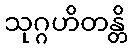
သုဂ္ဂဟိတန္တိ